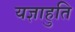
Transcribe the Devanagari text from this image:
यज्ञाहुति